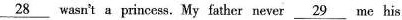
\underline{28} wasn't a princess. My father never \underline{29} me his